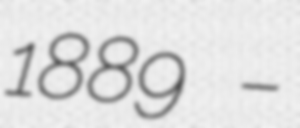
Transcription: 1889 –